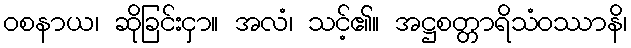
ဝစနာယ၊ ဆိုခြင်းငှာ။ အလံ၊ သင့်၏။ အဋ္ဌစတ္တာရိသံဝဿာနိ၊